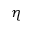
\eta